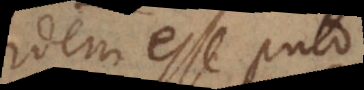
idem esse puto